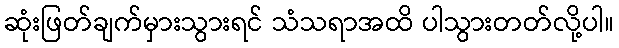
ဆုံးဖြတ်ချက်မှားသွားရင် သံသရာအထိ ပါသွားတတ်လို့ပါ။